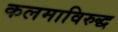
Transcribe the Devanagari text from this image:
कलमाविरुद्ध